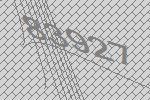
83927